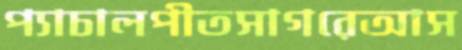
প্যাচালপীতসাগরেআস